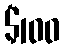
$100